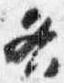
各